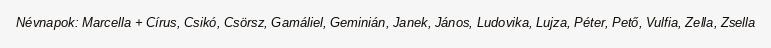
Névnapok: Marcella + Círus, Csikó, Csörsz, Gamáliel, Geminián, Janek, János, Ludovika, Lujza, Péter, Pető, Vulfia, Zella, Zsella